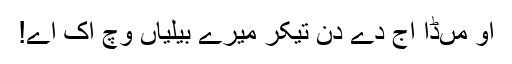
اُو مُںڈا اَج دے دِن تیکر میرے بیلیاں وِچ اِک اے!